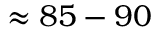
\approx 8 5 - 9 0 \